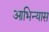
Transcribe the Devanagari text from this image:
आभिन्यास